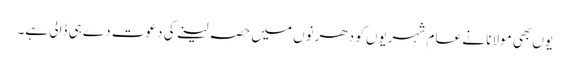
یوں بھی مولانا نے عا م شہریوں کو دھرنوں میں حصہ لینے کی دعوت دے ہی ڈالی ہے۔